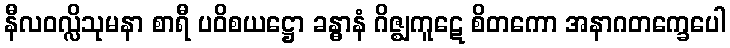
နီလဝလ္လိသုမနာ စာရီ ပဝိစယဋ္ဌော ခန္ဓာနံ ဂိဇ္ဈကူဋေ စိတကော အနာဂတက္ခေပေါ